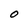
Character: O